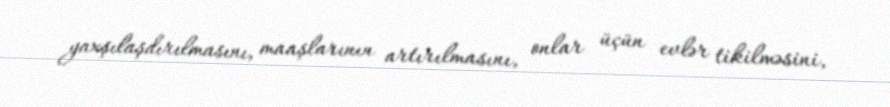
yaxşılaşdırılmasını, maaşlarının artırılmasını, onlar üçün evlər tikilməsini,